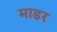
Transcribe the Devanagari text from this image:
माडर